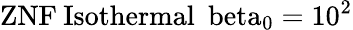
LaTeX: \mathrm{{ZNF}\: \mathrm{{Isothermal}\: \ beta_{0}=10^{2}}}